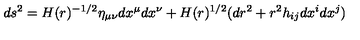
d s ^ { 2 } = H ( r ) ^ { - 1 / 2 } \eta _ { \mu \nu } d x ^ { \mu } d x ^ { \nu } + H ( r ) ^ { 1 / 2 } ( d r ^ { 2 } + r ^ { 2 } h _ { i j } d x ^ { i } d x ^ { j } )